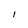
Character: I